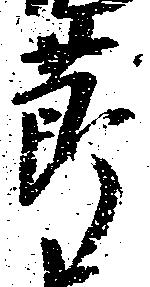
節